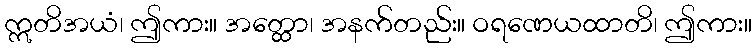
ဣတိအယံ၊ ဤကား။ အတ္ထော၊ အနက်တည်း။ ဝရဏေယထာတိ၊ ဤကား။